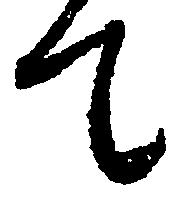
て